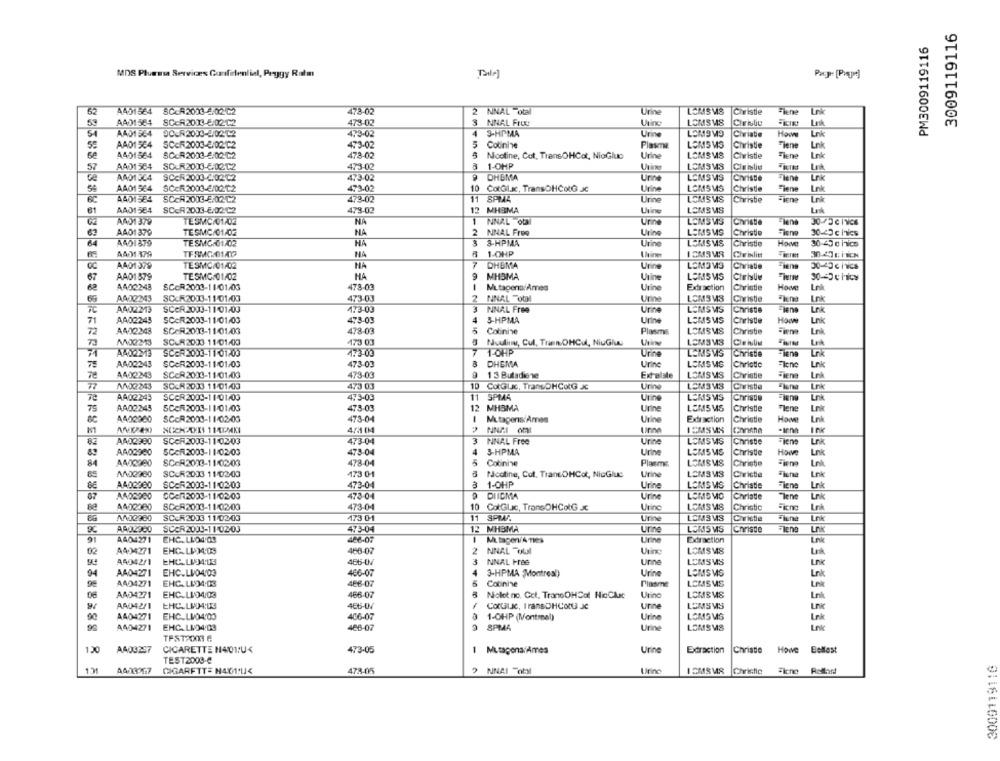
3009119116
PM3009119116
MDS Pluessa Serviræs Confidential, Peggy Ratm
62
A451564
SCOR2013-4/02/C2
478-02
2 NNAL otal
Urine
LONISMS
Civistie
AA01584
SC-A2013-5:02.12
473-02
3 NNAL FruC
Urine
LCMSM8
AAD1 564
473-02
4
3-HPMA
Urine
LOMS M9
Civiate
Lnk
55
AA01534
SCcR2003-8/02/T2
473-02
Colinine
Plasma
LEMS MS
Christie
Finne
Lnk
Ink
A401564
SCOR2003-6/02/C2
473-02
Nootine, Cot, TransOHCot, NioGlue
Urine
LOMSMS
Christie
57
AAD1 564
SC-R2013-6/02/12
473-02
1-OHP
LOMSMS
Cleiste
AA01304
SCOR2003-6.02.12
473-02
DHEMA
Urine
LEMS VS
Lr
59
A401564
473-02
10
CotGlac, TransOHColG JC
Urine
LOMSMS
Christie
Tiene
Lnk
6C
A401584
SCCR2003-5/02/C2
473.02
11
SPMA
Urine
LCMSMS
Christie
Fiene
Lnk
61
AAD1 584
SCOR2013-6:02℃2
478-02
12 MHEMA
Utine
LEMSMS
AADI 379
TESMOIUTAN
NA
1 NNAL OU
Urne
LEMISWS
Christe
63
A401 379
TESMC/01/02
NA
2 NNAL Free
Urine
LEMSMS
Christie
Slene
30-40 c hvles
64
A401879
TESMG:01/02
HA
3
3-HPMA
Urine
LOMSMS
Christie
30-40 c hTics
TERMO 01AD
AA01 379
NA
1-OHP
ICMSMS
AAD1379
TESMC/01/02
NA
7
DHBMA
Urine
LEM3 13
Christie
30-40 c hvics
9
MHSMA
67
AA01579
TESMC/01/02
HA
Urine
LEMSMS
30-40 chics
4402248
SCOR2003-11/01/03
478-03
-
M.tagens:Ames
Urine
Extraction
Christie
Howe
Lnk
AA02243
SC.R2013-11 01-03
473-03
2
NNAL Fota
Urine
LOMSMS
Christie
Elena
Lok
69
AA02213
SCOR 2003-11-01-03
473-03
3
NNAL Free
Urine
LEMSMS
Christie
Lr
71
AA02243
SCAR2003-11/01/03
475-03
3-HPMA
Urine
LOMSMS
Christie
How
A402248
SCOR2013-11/01/03
478-03
Cotinine
Plasma
LOMSMS
Christie
Fiena
Lnk
SC.R2003 11/01/03
473 03
Nuuline, Cul, Tran DHCul, NiuGluu
LEMSMS
Cle ibin
7
1-OHP
AAD2213
SCOR 2003-11-01-03
473-06
Urine
LEWISWS
Christie
75
AA02243
SCAR2003-11/01/03
473-03
DHEMA
Urine
LOMSMS
Christie
Elene
Ln
4402243
SCOR2013-11/01/03
1 3 Butadiene
LOMSMS
Lok
78
473-03
Extalale
Christie
77
AND2243
SCCM 2033 11/01/03
473 03
10 CotGlac, TransOHColG JC
LEMSMS
Christie
AA02243
11
SPIA4
Urine
LEMSMS
SCOR 2003-11/01/03
473-03
Christe
75
AA02245
SCOR 2003-11/01/03
473-03
12
MHBMA
Urine
LEMS MS
Christie
"lene
Lok
A402900
SCOR 2000-11/02/03
473-04
1
M.tager Ames
Urine
Extraction
Christie
Lnk
NOCH2011 114PK
4/1 0M
NNA.I om
Ink
82
AA02900
SCOR2003-11-02-03
473-04
3
NINAL Free
Urine
LOMSMS
Christie
Fiene
4
AA02960
SCAR2003-11/02/03
473-04
3-HPMA
Urine
LOMSMS
Christie
Howe
Lnk
84
SCOR2003-11-02/03
478-04
Colinine
Plasms
LOMSMS
Christie
Fiene
AND2980
SCOR2003 11/02/03
Urine
LEMSMS
173 01
Nicotine, Cot. TransOHCot, NicGlue
Christie
A402900
SCOR2003-11-02/03
473-04
1-OHP
Urine
LOMSMS
Christie
Flene
Ln
CCen2003-11/02/03
473-04
DIIGMA
Urine
LOMIS MO
87
Christie
Tene
82
A402380
SCCR2033-11:02/03
473-04
10
CotGlc, TransOHColG Jc
Urinc
LEMSMS
Christic
Lok
86
ANJ2980
SCCR2003 11/02/03
473 01
11
SPMA.
Urine
LEMSMS
Civistie
Lnk
A402900
SUCR2003-11/02/03
473-04
12 MHSMA
urine
LEMS MS
Chrisde
Tiene
LAK
91
A404271
EHC. LIOJOS
486-07
-
Urine
Extraction
466-07
NNAL Toll
Uring
02
A404271
EHCLISMOS
2
LOMSMS
A4042/1
EHC.LIJ4:03
486-UV
3
NNAL HB6
unne
LEMSMS
04
AA04271
EHC.LI04.09
466-07
3-HPMA Montreal)
Urine
LOMSMS
Ln
A404271
EHC.LUO4:03
486-07
Cotinine
Plasme
LOMSMS
LA
06
AA04271
EHC.LI/04/08
466-07
Niolot no. Cet. TransOHCol NicClic
Urino
LOMSMS
Lnl
9/
AA042/1
EMC.LI04:03
486-04
Cortalac, IransDHCott Je
Urine
LEMSMS
A404271
EHC.L04,00
406-07
1-OHP (Montreal)
Urine
LOMSMS
Lnk
A404271
EHC.LVO4:03
466-07
SPMA
Urine
LEMSMS
Ln
TFS1200 6
CIGARETTE H401:U<
130
A403297
473-05
1 MutagensiAmes
Urine
Extraction
Christie
Howe Bellest
TEST2008-C
3009119110
A400 17
" NNAI Fohl
Uring
ICMSMS
Christie
Fiche Rolland
CIGARFTT= N4:01:114
478-05